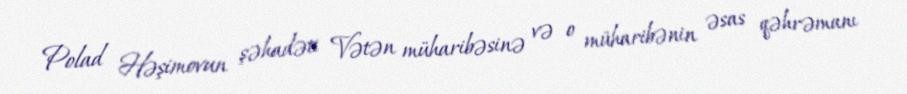
Polad Həşimovun şəhadəti Vətən müharibəsinə və o müharibənin əsas qəhrəmanı